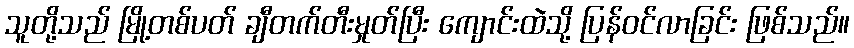
သူတို့သည် မြို့တစ်ပတ် ချီတက်တီးမှုတ်ပြီး ကျောင်းထဲသို့ ပြန်ဝင်လာခြင်း ဖြစ်သည်။